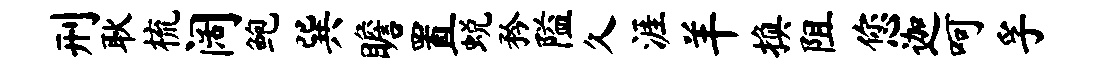
刑耿梳阔鲍巽瞻置蜕矜隘久涯羊换阻您迦呵孚